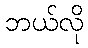
ဘယ်လို